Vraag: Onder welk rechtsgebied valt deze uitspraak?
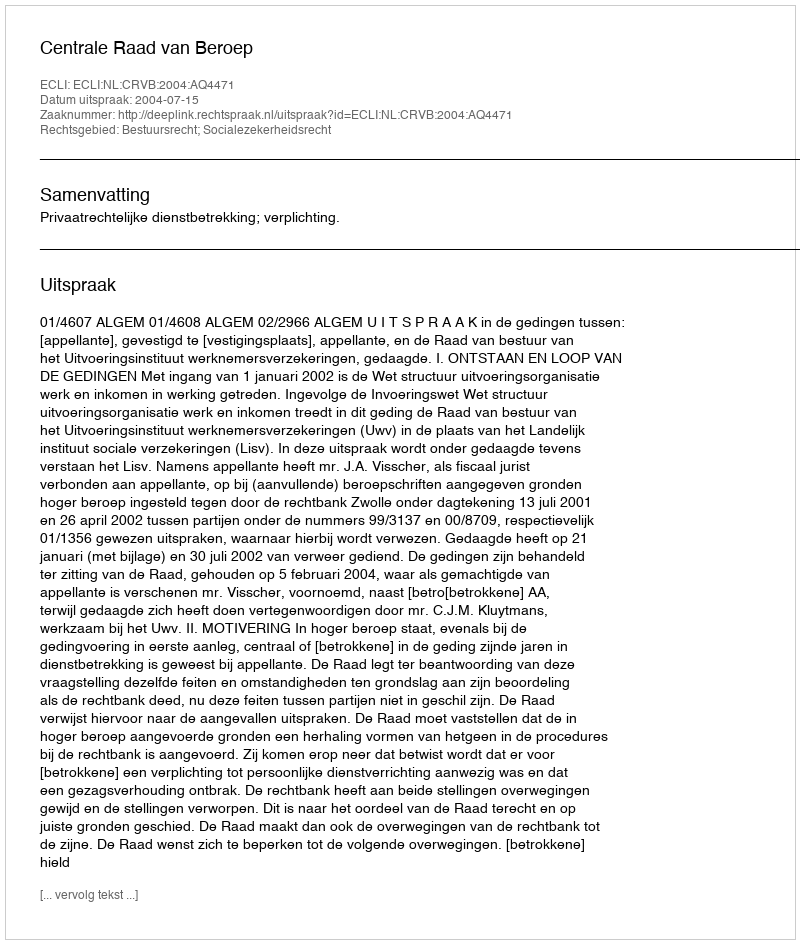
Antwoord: Bestuursrecht; Socialezekerheidsrecht